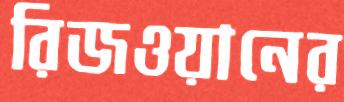
রিজওয়ানের